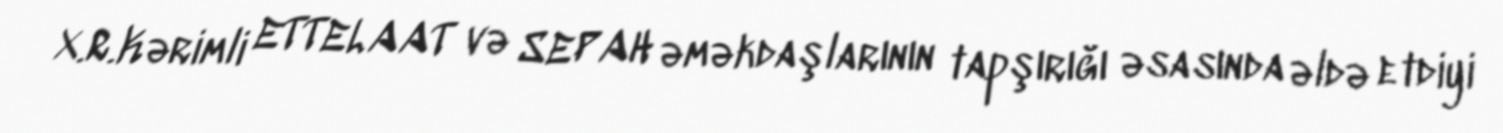
X.R.Kərimli ETTELAAT və SEPAH əməkdaşlarının tapşırığı əsasında əldə etdiyi